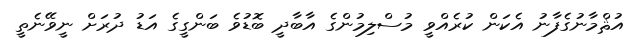
އުޘްމާނުގެފާނު އެކަން ކުރެއްވީ މުސްލިމުންގެ އާބާދީ ބޮޑުވެ ބަންގީގެ އަޑު ދުރަށް ނީވޭނެތީ